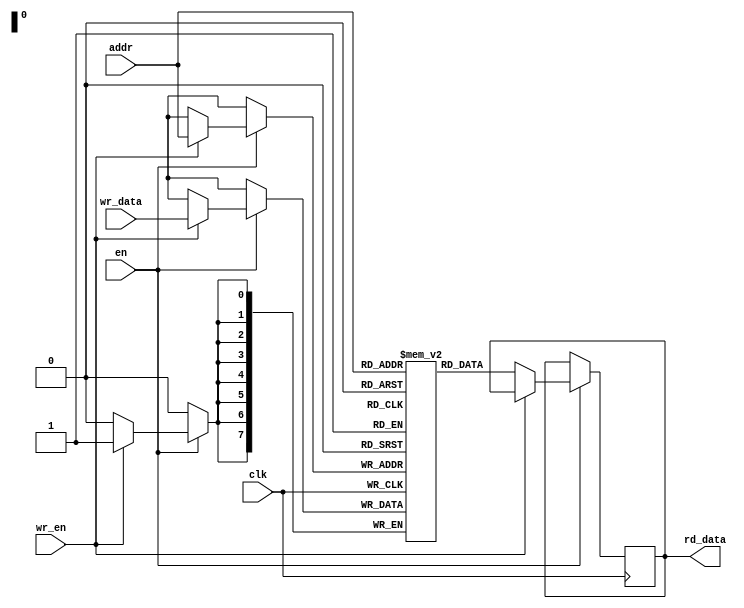
/**
 * Single ported RAM
 * 1 r/w port
 */
module spram #(parameter ADDR_WIDTH = 8, DATA_WIDTH = 8, DATA_DEPTH = 256)
    (
        input   wire                    clk,
        input   wire                    en,
        input   wire                    wr_en,
        input   wire [ADDR_WIDTH-1:0]   addr,
        input   wire [DATA_WIDTH-1:0]   wr_data,
        output  reg  [DATA_WIDTH-1:0]   rd_data
    );

    reg [DATA_WIDTH-1:0] mem[0:DATA_DEPTH-1];

    always @(posedge clk) begin
        if (en) begin
            if (wr_en) begin
                mem[addr] <= wr_data;
            end else begin
                rd_data <= mem[addr];
            end
        end
    end
endmodule

/**
 * Dual ported RAM
 * 1 read, 1 write port
 */
module dpram #(parameter ADDR_WIDTH = 8, DATA_WIDTH = 8, DATA_DEPTH = 256)
    (
        input   wire                    clk,
        input   wire                    en,
        input   wire                    wr_en,
        input   wire [ADDR_WIDTH-1:0]   wr_addr,
        input   wire [DATA_WIDTH-1:0]   wr_data,
        input   wire [ADDR_WIDTH-1:0]   rd_addr,
        output  reg  [DATA_WIDTH-1:0]   rd_data
    );

    reg [DATA_WIDTH-1:0] mem[0:DATA_DEPTH-1];

    always @(posedge clk) begin
        if (en) begin
            if (wr_en) begin
                mem[wr_addr] <= wr_data;
            end
            rd_data <= mem[rd_addr];
        end
    end
endmodule